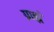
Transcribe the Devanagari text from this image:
ग्राह्मं